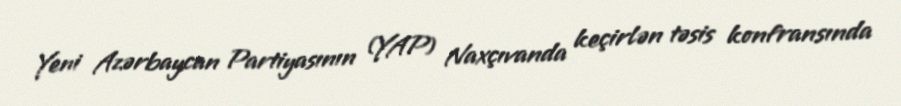
Yeni Azərbaycan Partiyasının (YAP) Naxçıvanda keçirlən təsis konfransında